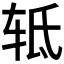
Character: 𰺀